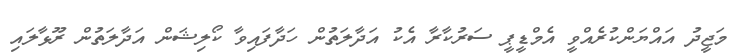
މަޖީދު އައްޔަންކުރެއްވީ އެމްޑީޕީ ސަރުކާރާ އެކު އަދާލަތުން ހަދާފައިވާ ކޯލިޝަން އަދާލަތުން ރޫޅާލައި